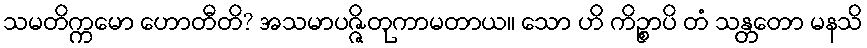
သမတိက္ကမော ဟောတီတိ? အသမာပဇ္ဇိတုကာမတာယ။ သော ဟိ ကိဉ္စာပိ တံ သန္တတော မနသိ